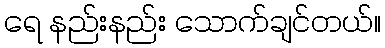
ရေ နည်းနည်း သောက်ချင်တယ်။